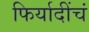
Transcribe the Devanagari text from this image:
फिर्यादींचं